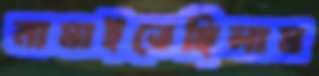
নামাইতেছিলাম